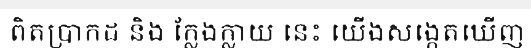
ពិតប្រាកដ និង ក្លែងក្លាយ នេះ យើងសង្កេតឃើញ